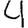
Digit: 4